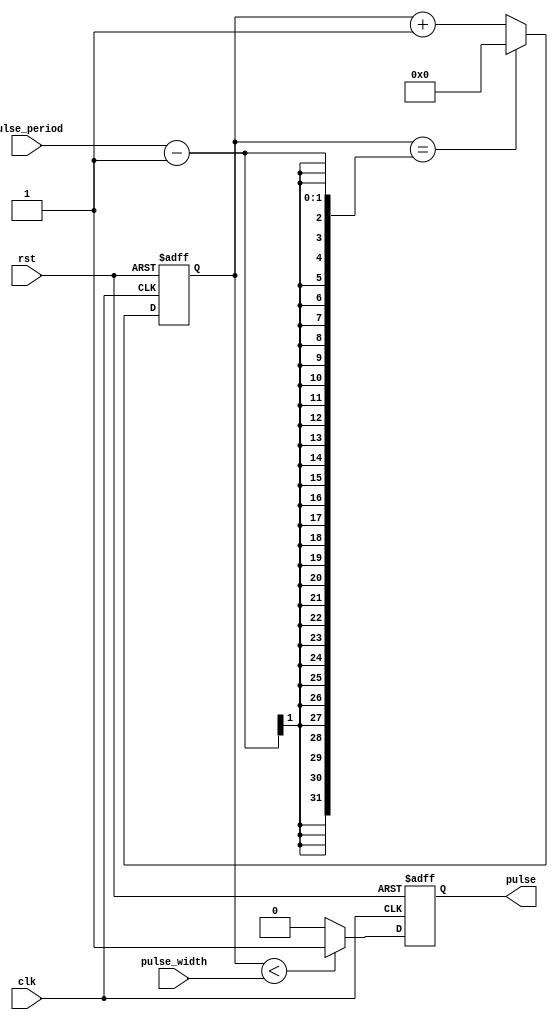
module synchronous_pulse_generator(
    input wire clk,
    input wire rst,
    input wire pulse_width,
    input wire pulse_period,
    output reg pulse
);

reg [31:0] counter;

always @(posedge clk or posedge rst) begin
    if (rst) begin
        counter <= 0;
        pulse <= 0;
    end else begin
        if (counter < pulse_width) begin
            pulse <= 1;
        end else begin
            pulse <= 0;
        end
        
        if (counter == pulse_period - 1) begin
            counter <= 0;
        end else begin
            counter <= counter + 1;
        end
    end
end

endmodule